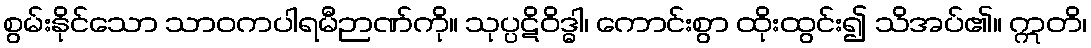
စွမ်းနိုင်သော သာဝကပါရမီဉာဏ်ကို။ သုပ္ပဋိဝိဒ္ဓါ၊ ကောင်းစွာ ထိုးထွင်း၍ သိအပ်၏။ ဣတိ၊